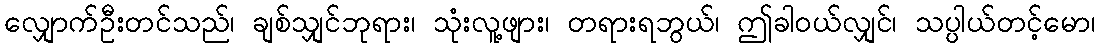
လျှောက်ဦးတင်သည်၊ ချစ်သျှင်ဘုရား၊ သုံးလူ့ဖျား၊ တရားရဘွယ်၊ ဤခါဝယ်လျှင်၊ သပ္ပါယ်တင့်မော၊